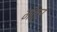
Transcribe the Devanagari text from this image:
मॅत्र